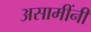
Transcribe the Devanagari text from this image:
असामींनी